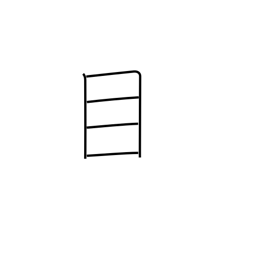
Meaning: care